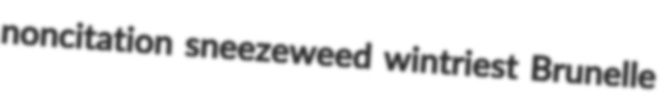
noncitation sneezeweed wintriest Brunelle